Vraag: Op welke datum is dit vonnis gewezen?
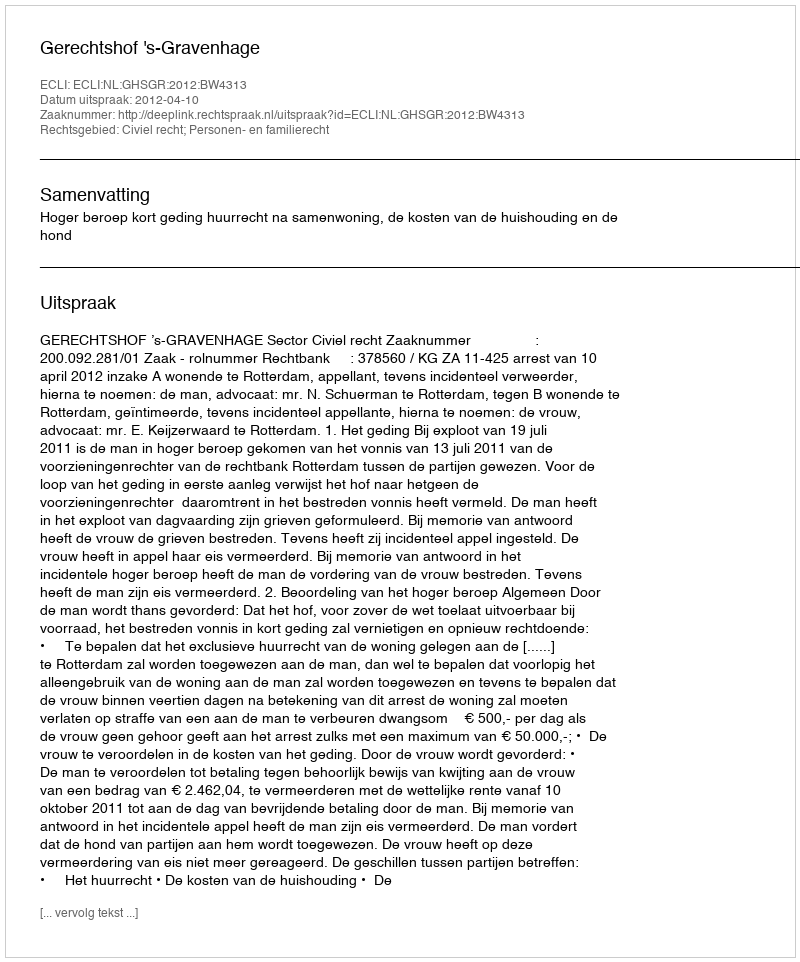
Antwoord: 2012-04-10